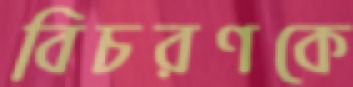
বিচরণকে